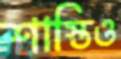
শাস্তিও